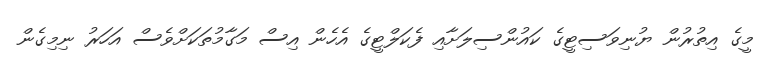
މީގެ އިތުރުން ޔުނިވަސިޓީގެ ކައުންސިލަށާއި ފެކަލްޓީގެ އެހެން އިސް މަގާމުތަކަށްވެސް އަަހަރު ނިމިގެން